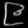
Digit: ၉